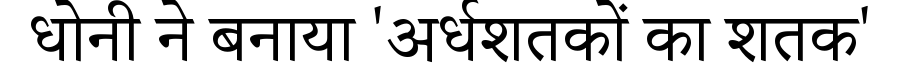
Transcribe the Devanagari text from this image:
धोनी ने बनाया 'अर्धशतकों का शतक'